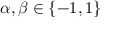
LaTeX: \alpha , \beta \in \{ - 1 , 1 \}